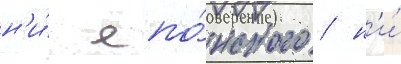
н'и́ япо́нского / н'и́